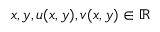
x , y , u ( x , y ) , v ( x , y ) \in \mathbb { R }